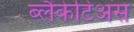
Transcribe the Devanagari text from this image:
ब्लैंकेटिअस